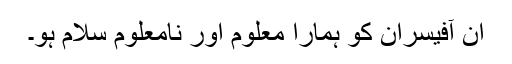
ان آفیسران کو ہمارا معلوم اور نامعلوم سلام ہو۔